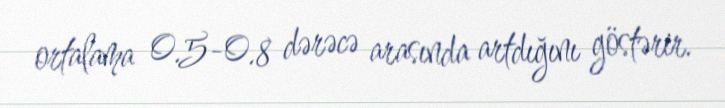
ortalama 0.5-0.8 dərəcə arasında artdığını göstərir.